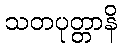
သတပုတ္တာနိ